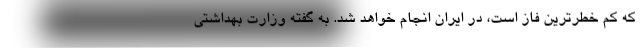
که کم خطرترین فاز است، در ایران انجام خواهد شد. به گفته وزارت بهداشتی